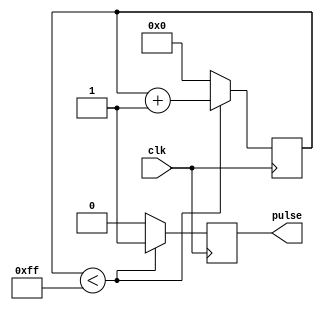
module SimplePulseGenerator (
    input wire clk,  // Input clock signal
    output reg pulse  // Output pulse signal
);

reg [7:0] pulse_duration = 8'hFF;  // Default pulse duration
reg [15:0] pulse_frequency = 16'hFFFF;  // Default pulse frequency

reg [7:0] counter = 8'd0;  // Counter to keep track of pulse duration
reg [15:0] frequency_counter = 16'd0;  // Counter to keep track of pulse frequency

// Timing control module
always @(posedge clk) begin
    if (counter < pulse_duration) begin
        pulse <= 1'b1;
        counter <= counter + 1;
    end else begin
        pulse <= 1'b0;
        counter <= 8'd0;
        frequency_counter <= frequency_counter + 1;
        if (frequency_counter >= pulse_frequency) begin
            frequency_counter <= 16'd0;
        end
    end
end

endmodule